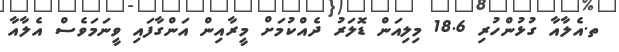
ތ.އެލާއާ ގުޅުންހުރި 18.6 މިލިއަން ޑޮލަރު ދެއްކުމަށް މީރާއިން އަންގާފައި ވީނަމަވެސް އެލާއާ